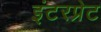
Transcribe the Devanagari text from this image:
इंटरप्रेट